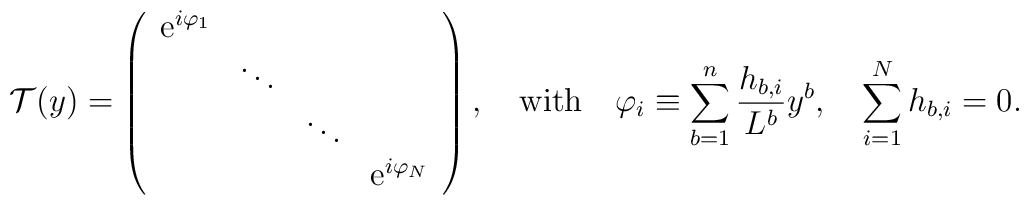
{\cal T}(y)=\left(\begin{array}{cccc}{\rm e}^{i\varphi_{1}}& & & \\& \ddots & & \\& &\ddots & \\& & & {\rm e}^{i\varphi_{N}}\end{array}\right),\quad {\rm with}\quad \varphi_{i}\equiv \sum_{b=1}^n{h_{b, i}\over L^b}y^b, \quad \sum_{i=1}^N h_{b, i}=0.